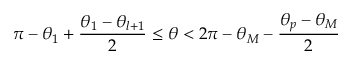
\pi - \theta _ { 1 } + \frac { \theta _ { 1 } - \theta _ { l + 1 } } { 2 } \le \theta < 2 \pi - \theta _ { M } - \frac { \theta _ { p } - \theta _ { M } } { 2 }